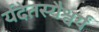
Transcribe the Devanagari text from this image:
र्यदेतस्यैश्वर्यं